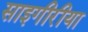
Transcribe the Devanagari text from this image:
साइगीरीया